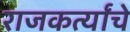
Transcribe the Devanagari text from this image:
राजकर्त्यांचे